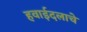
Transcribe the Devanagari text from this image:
हवाईदलाचे